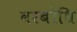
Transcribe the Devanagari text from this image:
वरबोधि